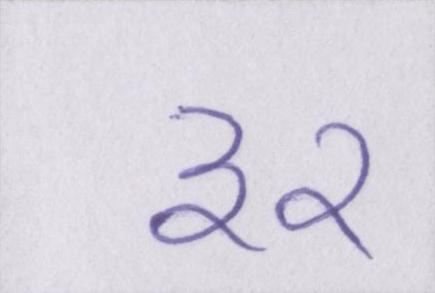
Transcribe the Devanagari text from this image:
३२